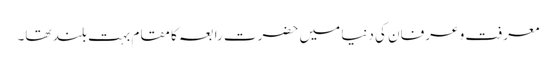
معرفت و عرفان کی دنیا میں حضرت رابعہ کا مقام بہت بلند تھا۔